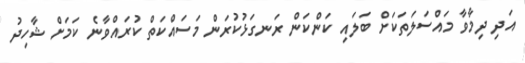
އަދި ދިމާވާ މައްސަލަތަކަށް ބަލައި ކަންކަން ރަނގަޅުކުރަން މަސައްކަތް ކުރައްވާނެ ކަމަށް ޝާހިދު